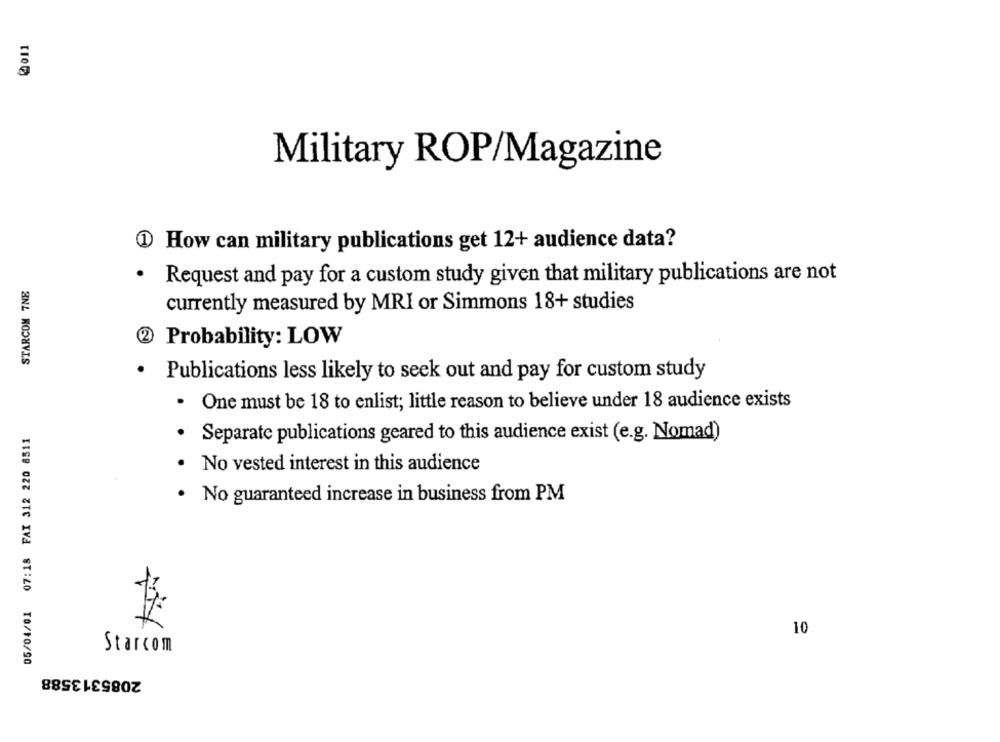
Military ROP/Magazine
@ How can military publications get 12+ audience data?
STARCOM 7NE
· Request and pay for a custom study given that military publications are not
currently measured by MRI or Simmons 18+ studies
Probability: LOW
.
Publications less likely to seek out and pay for custom study
· One must be 18 to enlist; little reason to believe under 18 audience exists
05/04/01 07:18 FAX 312 220 8511
· Separate publications geared to this audience exist (e.g. Nomad)
No vested interest in this audience
. No guaranteed increase in business from PM
10
Starcom
2085313588